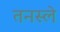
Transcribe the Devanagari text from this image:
तनस्ले